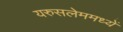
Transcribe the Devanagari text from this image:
यरुसलेममध्यें